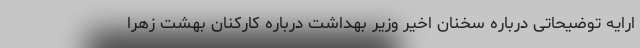
ارایه توضیحاتی درباره سخنان اخیر وزیر بهداشت درباره کارکنان بهشت زهرا